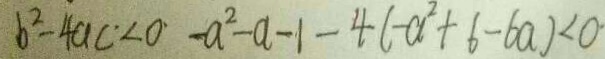
b ^ { 2 } - 4 a c < 0 - a ^ { 2 } - a - 1 - 4 ( - a ^ { 2 } + 6 - 6 a ) < 0 \cdot